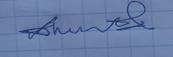
Signature authenticity: genuine